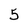
Character: 5